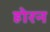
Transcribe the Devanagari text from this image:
होरन